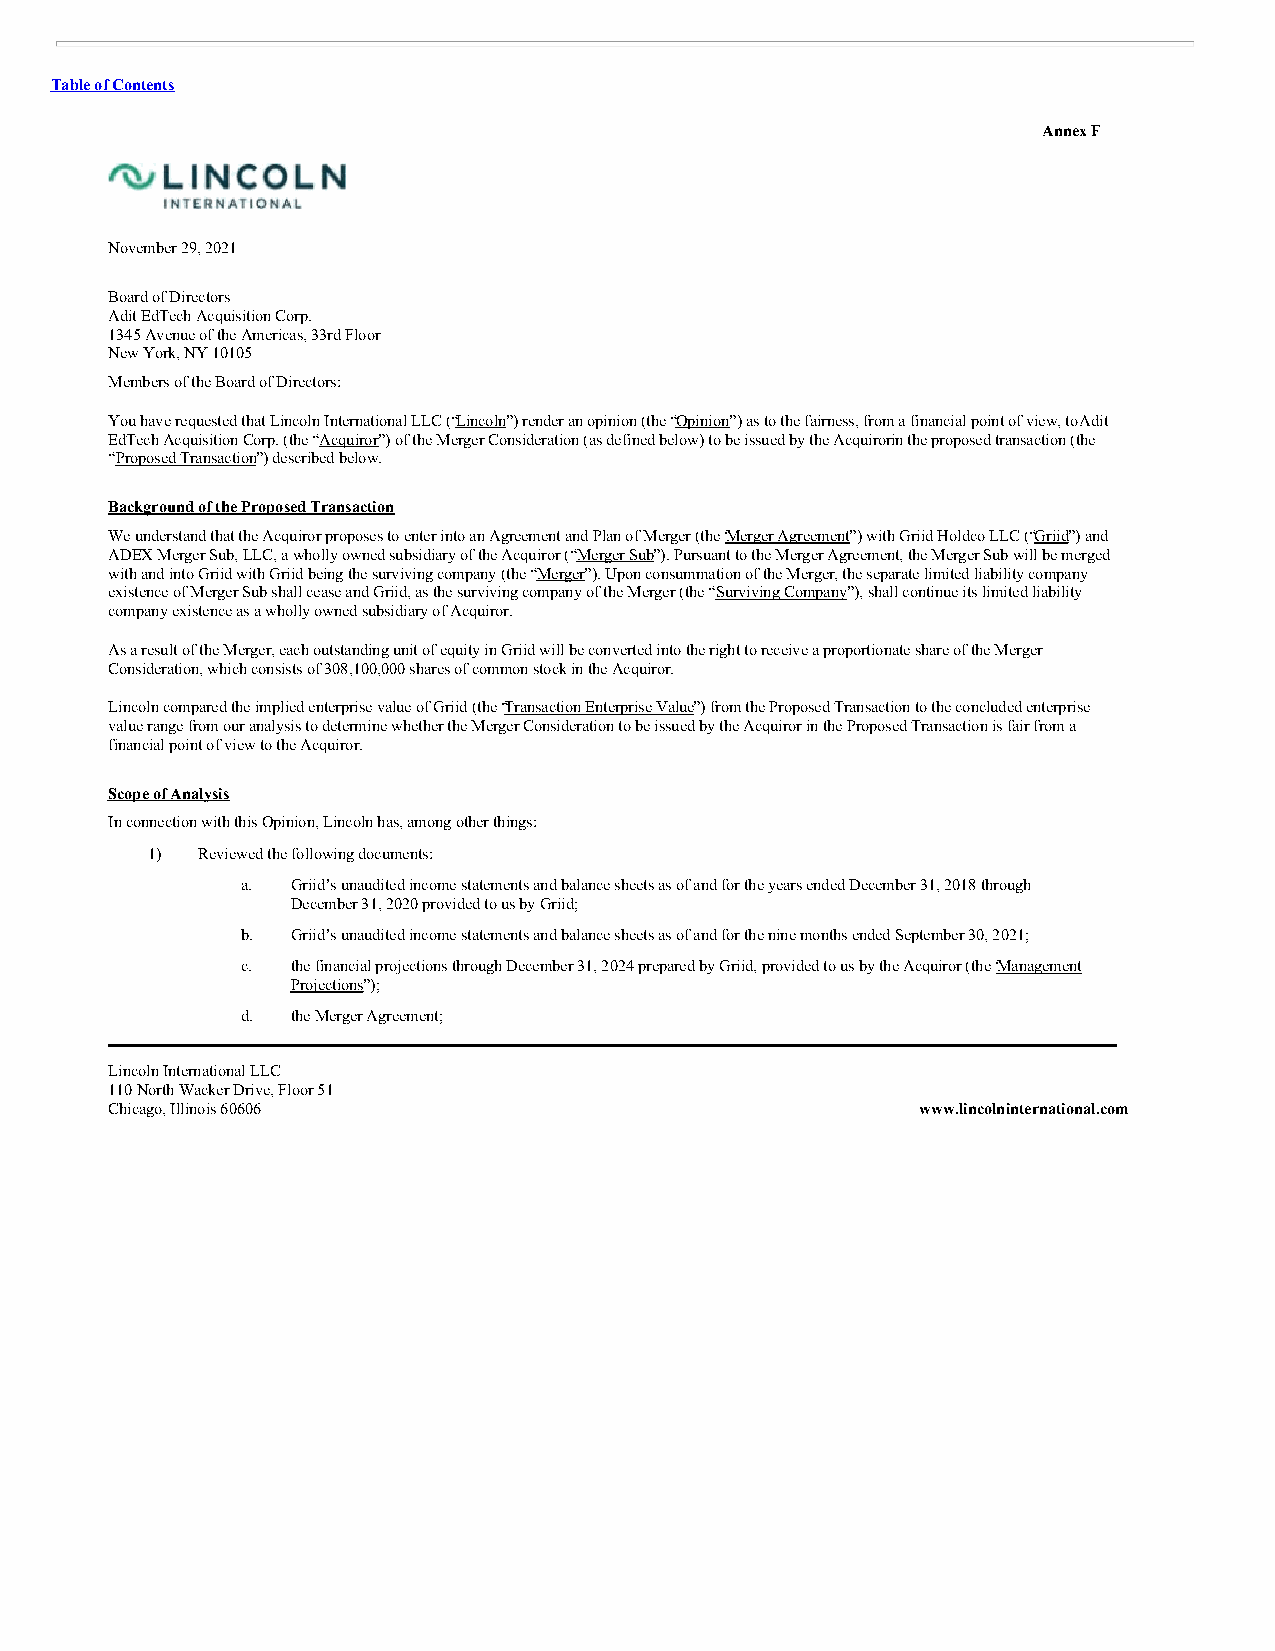
Table of Contents
 Annex F
 November 29, 2021
 Board of Directors
 Adit EdTech Acquisition Corp.
 1345 Avenue of the Americas, 33rd Floor
 New York, NY 10105
 Members of the Board of Directors:
 You have requested that Lincoln International LLC (“Lincoln”) render an opinion (the “Opinion”) as to the fairness, from a financial point of view, to Adit
 EdTech Acquisition Corp. (the “Acquiror”) of the Merger Consideration (as defined below) to be issued by the Acquiror in the proposed transaction (the
 “Proposed Transaction”) described below.
 Background of the Proposed Transaction
 We understand that the Acquiror proposes to enter into an Agreement and Plan of Merger (the “Merger Agreement”) with Griid Holdco LLC (“Griid”) and
 ADEX Merger Sub, LLC, a wholly owned subsidiary of the Acquiror (“Merger Sub”). Pursuant to the Merger Agreement, the Merger Sub will be merged
 with and into Griid with Griid being the surviving company (the “Merger”). Upon consummation of the Merger, the separate limited liability company
 existence of Merger Sub shall cease and Griid, as the surviving company of the Merger (the “Surviving Company”), shall continue its limited liability
 company existence as a wholly owned subsidiary of Acquiror.
 As a result of the Merger, each outstanding unit of equity in Griid will be converted into the right to receive a proportionate share of the Merger
 Consideration, which consists of 308,100,000 shares of common stock in the Acquiror.
 Lincoln compared the implied enterprise value of Griid (the “Transaction Enterprise Value”) from the Proposed Transaction to the concluded enterprise
 value range from our analysis to determine whether the Merger Consideration to be issued by the Acquiror in the Proposed Transaction is fair from a
 financial point of view to the Acquiror.
 Scope of Analysis
 In connection with this Opinion, Lincoln has, among other things:
 1) Reviewed the following documents:
 a. Griid’s unaudited income statements and balance sheets as of and for the years ended December 31, 2018 through
 December 31, 2020 provided to us by Griid;
 b. Griid’s unaudited income statements and balance sheets as of and for the nine months ended September 30, 2021;
 c. the financial projections through December 31, 2024 prepared by Griid, provided to us by the Acquiror (the “Management
 Projections”);
 d. the Merger Agreement;
 Lincoln International LLC
 110 North Wacker Drive, Floor 51
 Chicago, Illinois 60606                               www.lincolninternational.com